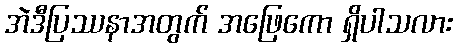
အဲဒီပြဿနာအတွက် အဖြေကော ရှိပါသလား